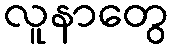
လူနာတွေ